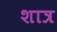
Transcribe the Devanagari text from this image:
शात्र